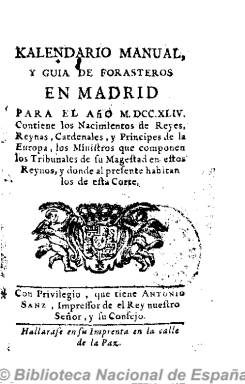
Título: Kalendario manual y guía de forasteros en Madrid
Otros títulos: Calendario manual y guía de forasteros en Madrid || Kalendario particular y guía de forasteros en Madrid || Guía patriótica de España || Guía política de las Españas || Guía política y militar
Colección: Guías y directorios
Ámbito geográfico: Madrid
Lugar de publicación: Madrid
Fechas: 01/01/1744-31/12/1837

Publicación de periodicidad anual, fundada en 1722 por Luis Félix de Miraval y Spínola, que ese mismo año obtiene el marquesado de Miraval, y Gaspar Ezpeleta, y que hasta 1734 se titula Kalendario particular. A partir de 1725 su impresor será Juan Sanz; después lo serán sus herederos, y desde 1730, Antonio Sanz, su sobrino, que en 1769 cederá los derechos a la Corona española a cambio de una pensión vitalicia. La colección más completa fue adquirida por la Real Academia de la Historia, y la que posee la Biblioteca Nacional de España comienza en 1744, estampado con privilegio que tiene Antonio Sanz, impresor del Rey y su consejo. En su portada se expresa que contiene los nacimientos de los reyes, reinas, los setenta miembros que componen el sacro colegio cardenalicio, los príncipes de Europa, los ministros que componen los tribunales de Su Magestad en sus reinos, con indicación de sus residencias particulares en Madrid.

En definitiva, se trata de una guía completísima de la Administración del Estado del antiguo régimen, con la indicación de sus órganos ejecutivos y consultivos (consejos reales, juntas), instituciones científicas y académicas y demás organismos y entidades que la monarquía española fue creando a lo largo del siglo dieciocho (entre estas la propia Real Biblioteca Pública, antecedentes de la Biblioteca Nacional de España, y las reales academias), con los nombres de los arzobispos y obispos de España y de las Indias, la composición de los tribunales (chancillerías y audiencias), relación de reinos y provincias y partidos, con los nombres de sus gobernadores, intendentes y corregidores.

Comienza con el calendario gregoriano, con el santoral de cada día y datos astronómicos, y contiene también el jubileo de 40 horas, así como datos estadísticos de matrimonios, nacimientos y fallecimientos de las parroquias madrileñas, y un resumen de los enfermos en sus hospitales. También otra sección sobre los días en que la corte se viste gala o los días en que vienen y parten los correos en la Estafeta General de Castilla en esta corte, o la relación de los caballeros del Toisón de Oro. Asimismo, incluirá los valores de las monedas españolas y sus valores de cambio con las más importantes de Europa.

Desde 1768 le acompañará el Estado militar de España, con portada propia, con los nombres de los capitanes y tenientes generales del Ejército de Su Magestad, mariscales de campo, brigadieres y oficiales de Marina, etc.

En la edición de 1767 comienza a incluir grabados, como los de Carlos III, los Príncipes de Asturias o el del Palacio de Aranjuez, y después los de Carlos IV y la reina Maria Luisa, para en el siglo XIX incluir los de Fernando VII y los de su hija, la joven reina Isabel II. Asimismo llegará a estampar una docena de mapas de España y planos de Tomás López y sus hijos.

En 1774 saldrá ya de la Imprenta Real de la Gazeta, incluirá las relaciones de caballeros de Carlos III, de catedráticos de los Estudios Reales, de embajadores y cónsules y vicecónsules del Rey en el extranjero, la cronología de los reyes de España o el calendario de las principales ferias. En 1790 ya incluye un índice, al final o al comienzo, y en el siglo diecinueve, las relaciones de la Real Orden de Damas Nobles, de las sociedades económicas o del Real Seminario de Nobles. Su volumen irá aumentando a lo largo de los años, desde el centenar hasta superar las cuatrocientas páginas.

Durante la invasión del ejército napoleónico, el kalendario no aparecerá en 1809 ni en 1810, y para 1811 saldrá de la Imprenta de D. Miguel Segovia, impresor de la Real Marina, desde la Real Isla de León, en Cádiz, elaborado por dos redactores de los que se encargaban de las principales guías de forasteros, de litigantes, de comercio y hacienda, y de guerra y marina, de Madrid, y se titulará Guía patriótica de España. Incluye una introducción narrando las dificultades que se dan para elaborarla y constará de dos partes. En la primera se dará cuenta del gobierno legítimo, de sus tribunales y estado militar, y la segunda, de los cuerpos y oficiales de los ejércitos residentes en Cádiz, así como de la relación de diputados de las Cortes, acompañada de un artículo. Las de 1812 y 1813 se titularán Guía política de las España, y es también impresa en Cádiz, la primera en la oficina de la viuda de Comes, y la segunda en la Imprenta Nacional. En este caso es elaborada por un solo redactor, e incluye unas efemérides patrióticas de los principales acontecimientos que se han venido producido durante la guerra contra los ejércitos franceses, y artículos introductorios a la relación del cuerpo legislativo, listado de diputados y del tribunal y secretaría de Estado de Cortes, poder ejecutivo, consejo supremo de Regencia, Consejo de Estado, embajadores y comandantes de los ejércitos. La de 1813 incluirá una addenda titulada Exércitos nacionales.

Al regreso de Fernando VII retornará de nuevo a su título anterior y a prácticamente a los mismos contenidos que publicaba durante el antiguo régimen, hasta que durante el trienio liberal modifica otra vez su cabecera y algunos de sus contenidos, al incluir de nuevo la relación de diputados a Cortes y las nuevas instituciones administrativas que el incipiente Estado liberal comienza a crear. En 1821 se titula Guía de forasteros en Madrid, y en 1822 y 1823 Guía política y militar, estampándose en la denominada Imprenta Nacional, antes Imprenta Real. Por su parte, el Estado militar de España, que venía publicándose conjuntamente con el kalendario, en 1821, 1822 y 1823 se titulará Estado de los ejércitos de la monarquía española.

El calendario para 1825 resulta, asimismo, interesante porque en las relaciones no aparecerán los “purificados”. Esta publicación seguirá editándose hasta 1837, cuando es sustituida por la titulada Guía de forasteros en Madrid, incluyendo los grabados de la reina gobernadora Maria Cristina y su hija, Isabel II, y dando cuenta de la nueva organización que el Estado liberal estaba creando, en sustitución a la del viejo régimen, por lo que el kalendario es una fuente de información básica para el conocimiento tanto de la evolución de la estructura estatal como de quienes eran titulares de sus numerosos órganos e instituciones, desde la monarquía absolutista e ilustrada del dieciocho hasta las primeras décadas de construcción del Estado liberal, con sus dos episodios más influyentes, el constituyente de las Cortes de Cádiz y su epígono del trienio.